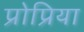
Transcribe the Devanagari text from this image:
प्रोप्रिया